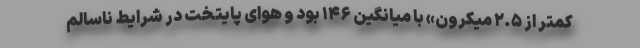
کمتر از ۲.۵ میکرون» با میانگین ۱۴۶ بود و هوای پایتخت در شرایط ناسالم